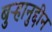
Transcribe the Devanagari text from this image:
बुऱ्हानुद्दीन